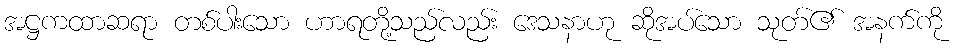
အဋ္ဌကထာဆရာ တစ်ပါးသော ဟာရတို့သည်လည်း ဒေသနာဟု ဆိုအပ်သော သုတ်၏ အနက်ကို